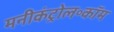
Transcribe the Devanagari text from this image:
मनीकंट्रोल॰कॉम